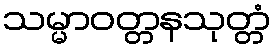
သမ္မာဝတ္တနသုတ္တံ